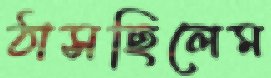
ঠাসছিলেম